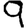
Digit: 9